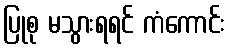
ပြုစု မသွားရရင် ကံကောင်း